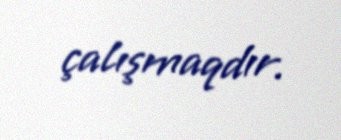
çalışmaqdır.